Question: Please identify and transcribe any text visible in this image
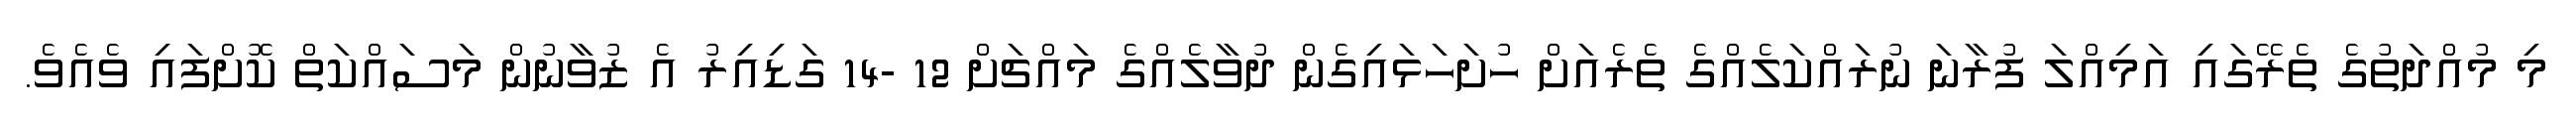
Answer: މި މުއްދަތުގެ ތެރޭގައި އަމިއްލަ ފުރާނަ ނުރައްކަލެއްގެ ތެރެއަށް ހުށަހަޅައިގެން ދުވާލެއްގެ މައްޗަށް 12 -14 ގަޑިއިރު އެ ޒުވާނުން މަސައްކަތް ކޮށްފައި ވެއެވެ.